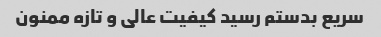
سریع بدستم رسید کیفیت عالی و تازه ممنون